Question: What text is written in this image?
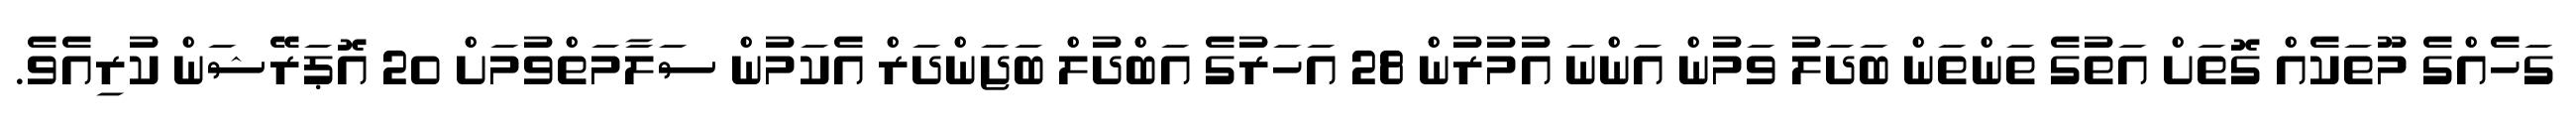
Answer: ގަހެއްގެ މޫތަކެއް ގޮތަށް އަތުގެ ތަންތަން ބަދަލު ވަމުން އަންނަ އުމުރުން 28 އަހަރުގެ އަބްދުލް ބަޖަންދަރް އެކަމުން ސަލާމަތްވުމަށް 20 އޮޕަރޭޝަން ކުރިއެވެ.